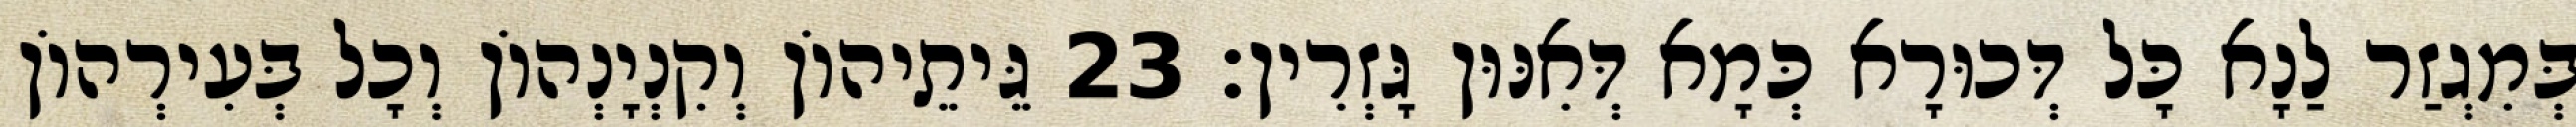
בְּמִגְזַר לַנָא כָּל דְּכוּרָא כְּמָא דְּאִנּוּן גָּזְרִין׃ 23 גֵּיתֵיהוֹן וְקִנְיָנְהוֹן וְכָל בְּעִירְהוֹן